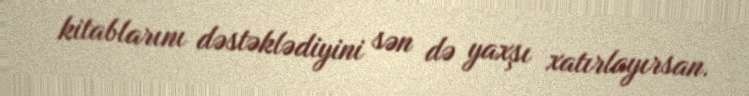
kitablarını dəstəklədiyini sən də yaxşı xatırlayırsan.